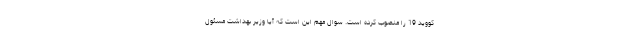
کووید 19 را منصوب کرده است. سوال مهم این است که آیا وزیر بهداشت مسئول